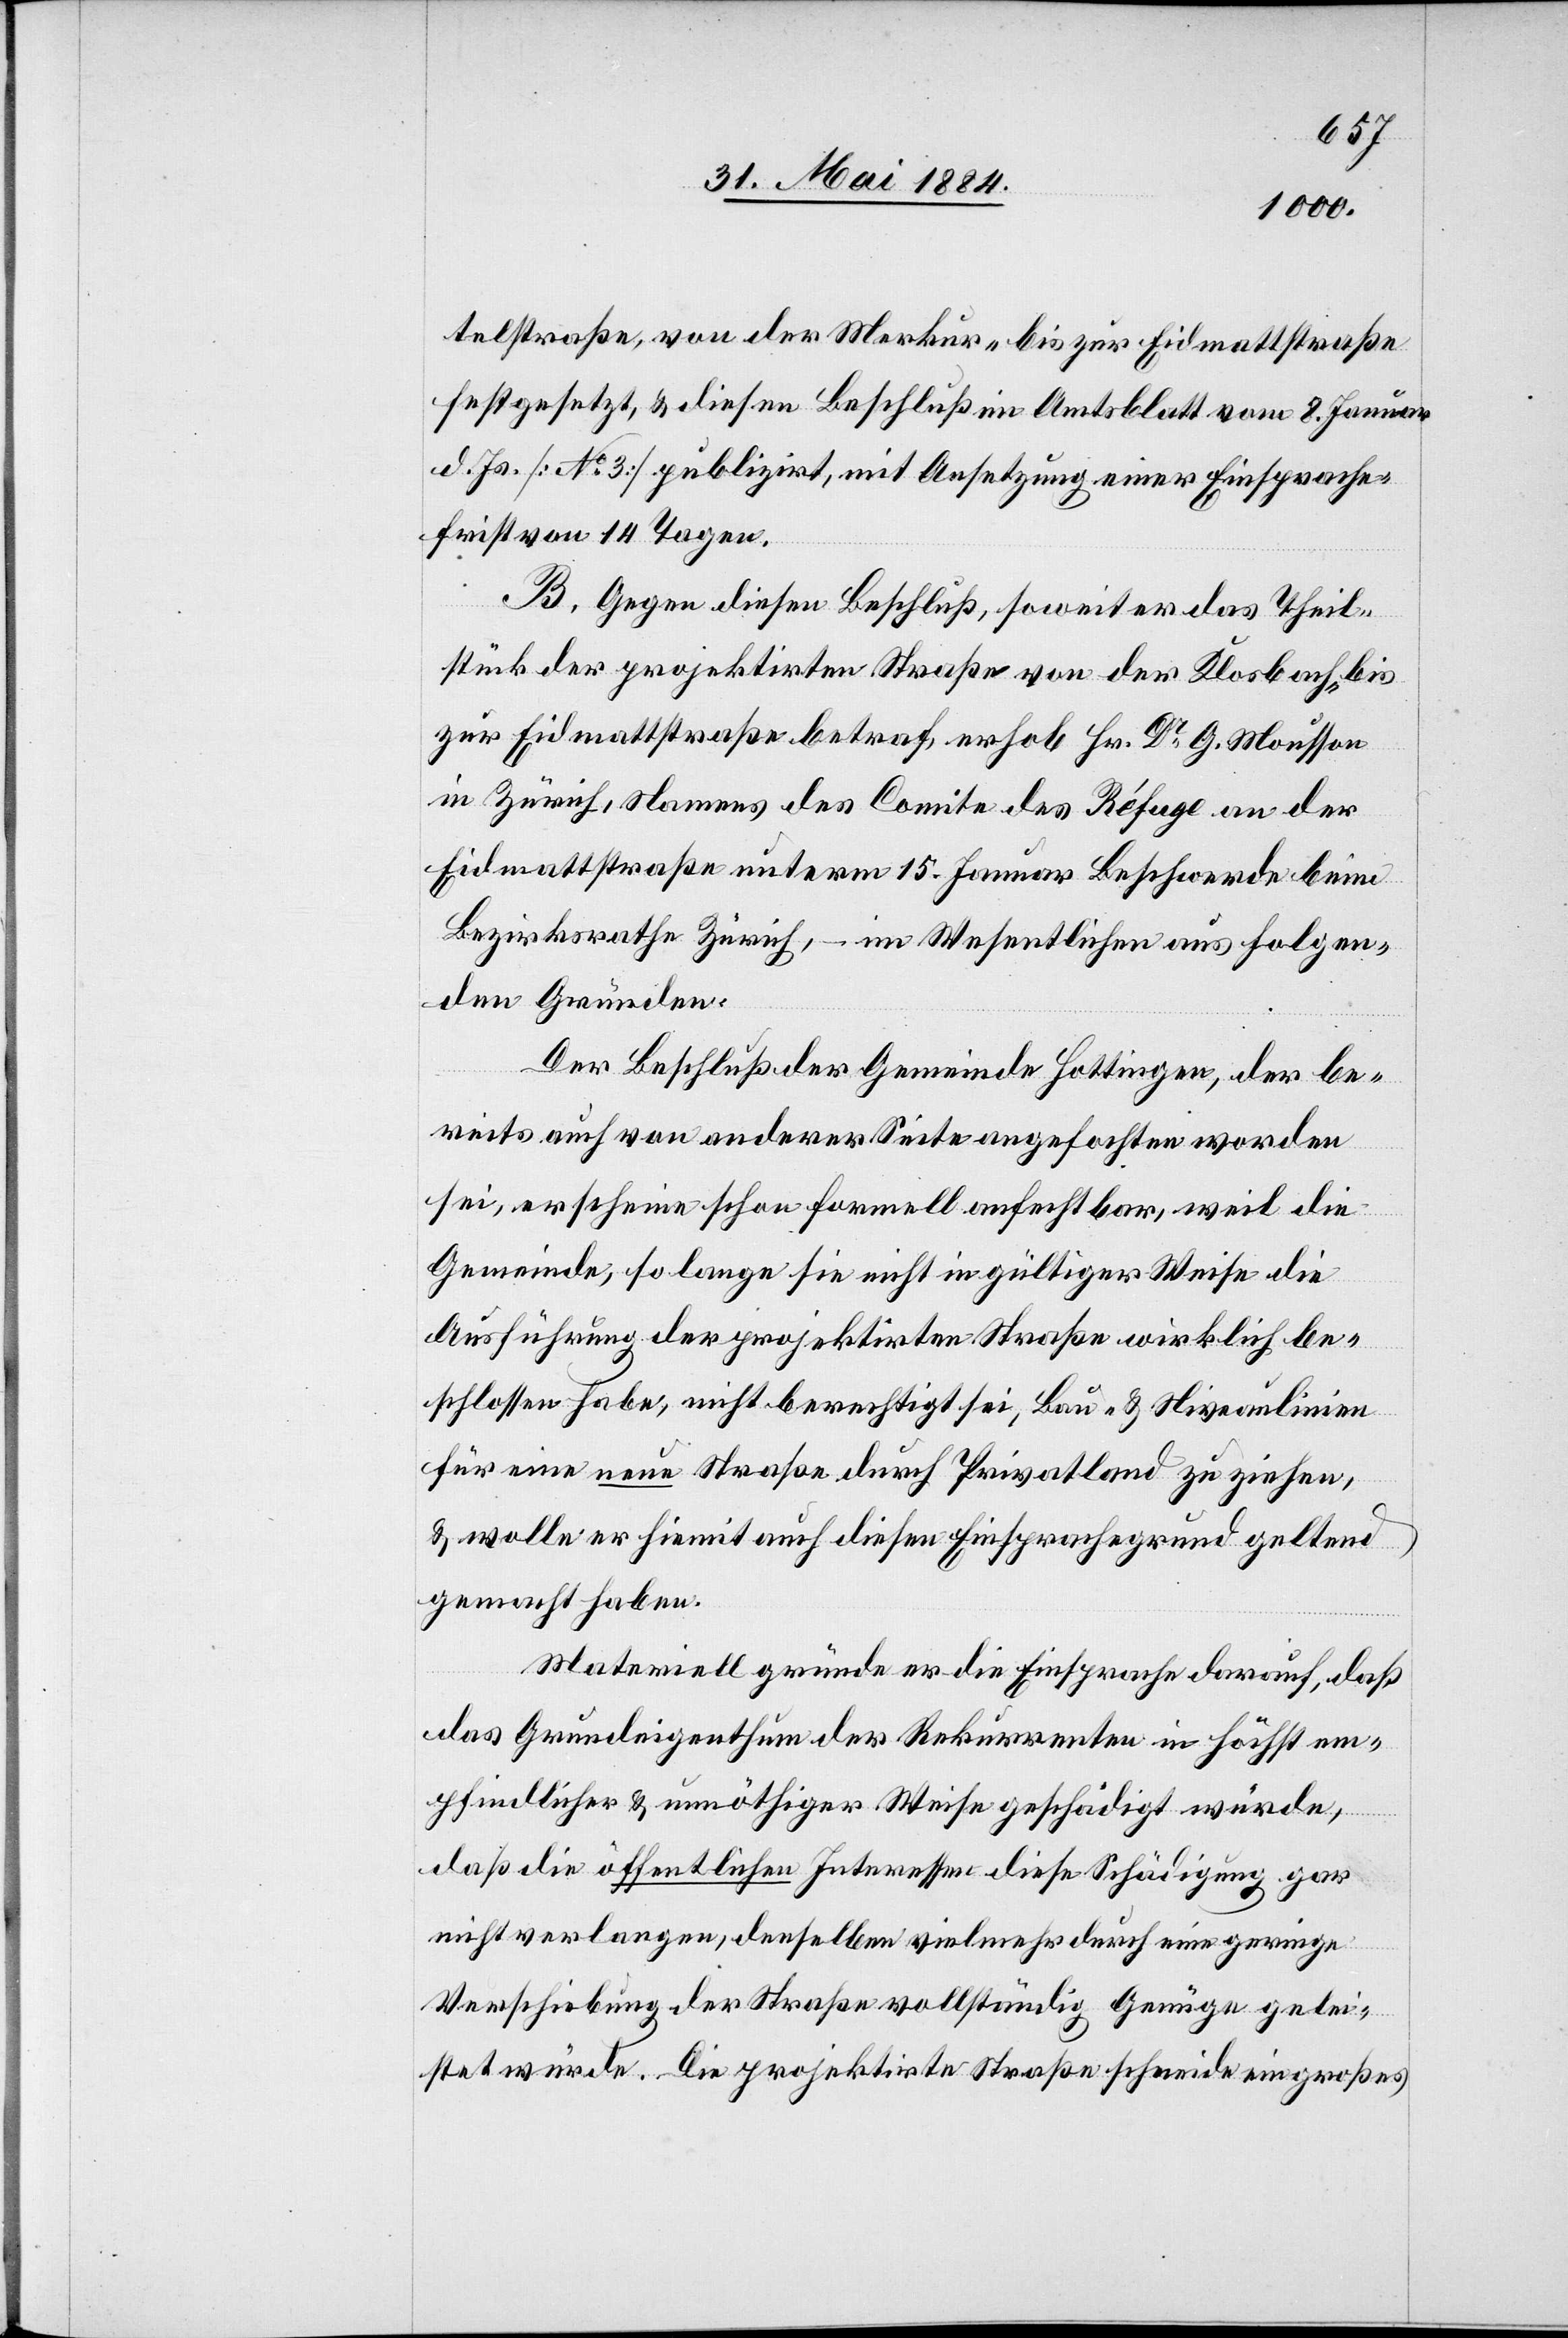
telstraße, von der Merkur- bis zur Eidmattstraße
festgesetzt, & diesen Beschluß im Amtsblatt vom 8. Januar
d. Js. [No 3] publizirt, mit Ansetzung einer Einsprache¬
frist von 14 Tagen.
B. Gegen diesen Beschluß, soweit er das Theil¬
stück der projektirten Straße von der Klosbach- bis
zur Eidmattstraße betraf, erhob Hr. Dr G. Mousson
in Zürich, Namens des Comite des Réfuge an der
Eidmattstraße unterm 15. Januar Beschwerde beim
Bezirksrathe Zürich, – im Wesentlichen aus folgen¬
den Gründen.
Der Beschluß der Gemeinde Hottingen, der be¬
reits auch von anderer Seite angefochten worden
sei, erscheine schon formell anfechtbar, weil die
Gemeinde, so lange sie nicht in gültiger Weise die
Ausführung der projektirten Straße wirklich be¬
schlossen habe, nicht berechtigt sei, Bau- & Niveaulinien
für eine neue Straße durch Privatland zu ziehen
& wolle er hiemit auch diesen Einsprachegrund geltend
gemacht haben.
Materiell gründe er die Einsprache darauf, daß
das Grundeigenthum der Rekurrenten in höchst em¬
pfindlicher & unnöthiger Weise geschädigt würde,
daß die öffentlichen Interessen diese Schädigung gar
nicht verlangen, denselben vielmehr durch eine geringe
Verschiebung der Straße vollständig Genüge gelei¬
stet würde. Die projektirte Straße schneide ein großes